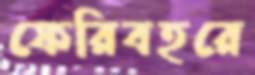
ফেরিবহরে